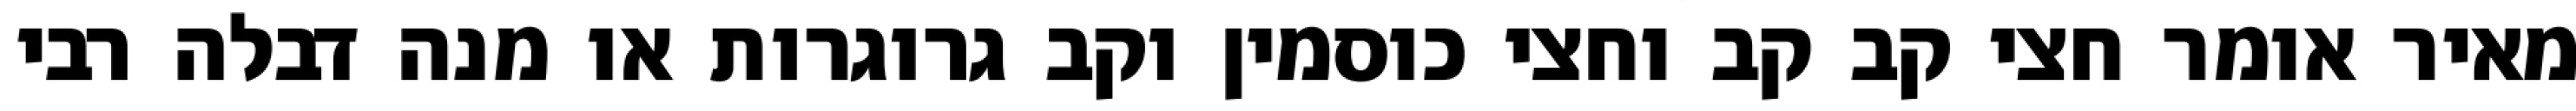
מאיר אומר חצי קב קב וחצי כוסמין וקב גרוגרות או מנה דבלה רבי